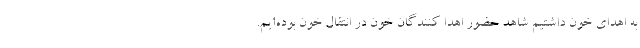
به اهدای خون داشتیم شاهد حضور اهدا کنندگان خون در انتقال خون بوده‌ایم.